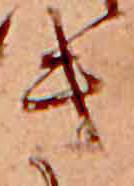
き